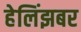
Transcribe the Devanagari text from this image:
हेलिंझबर